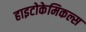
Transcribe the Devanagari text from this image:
हाइटोकेमिकल्स